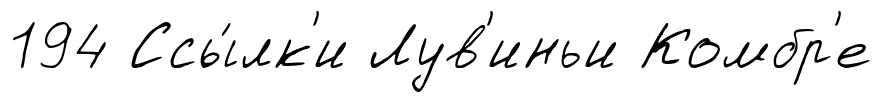
194 Ссы́лк'и Лув'иньи Комбр'е